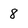
Character: 8